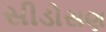
સીડોસણ